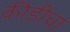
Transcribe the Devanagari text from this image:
कीडीचा